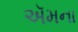
ઍમના